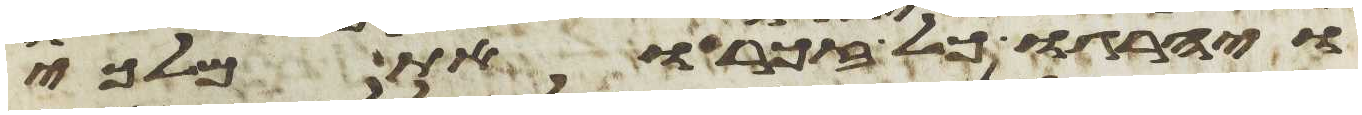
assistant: ויהרגו כל זכר ואת מלכי